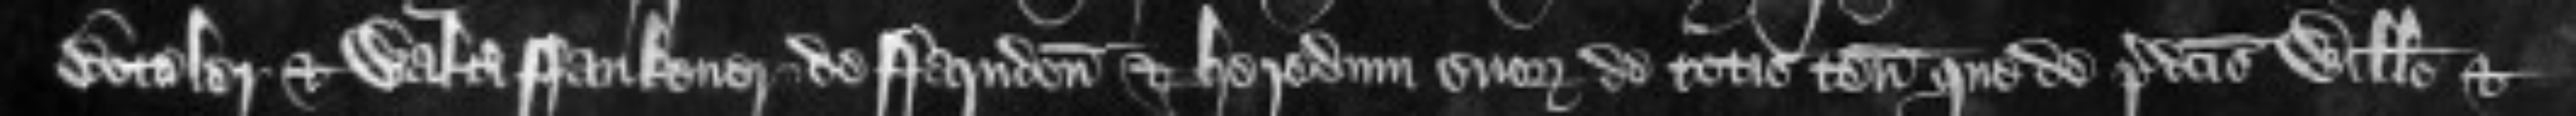
Boteler et Walteri Faukener de Farndon et heredum suorum de totis tenementis que de predictis Willelmo et